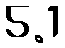
5.1